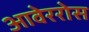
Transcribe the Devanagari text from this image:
आवेररोस